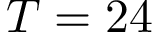
T = 2 4